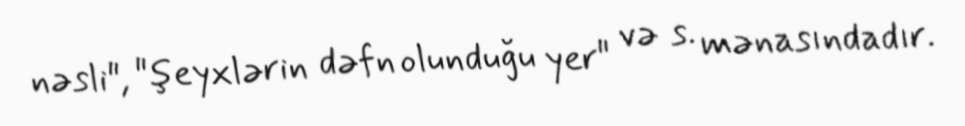
nəsli", "şeyxlərin dəfn olunduğu yer" və s. mənasındadır.